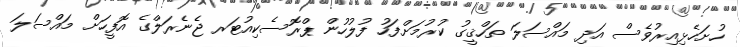
ހުށަހެޅިއިރުވެސް އަދި މައްސަލަ ތަހްޤީގު ކުރުމަށްފަހު ފުލުހުން ޕްރޮސެކިއުޓަރ ޖެނެރަލްގެ އޮފީހަށް މައްސަލަ